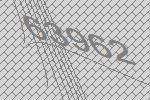
63962